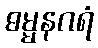
ဓမ္မနဂရံ